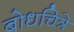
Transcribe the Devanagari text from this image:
बोधचित्रे